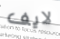
لايف